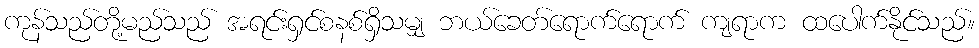
ကုန်သည်တို့မည်သည် အရင်းရှင်စနစ်ရှိသမျှ ဘယ်ခေတ်ရောက်ရောက် ကျရာက ထပေါက်နိုင်သည်။